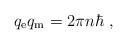
LaTeX: \begin{align*}q_{\rm e} q_{\rm m} = 2\pi n \hbar\ , \end{align*}